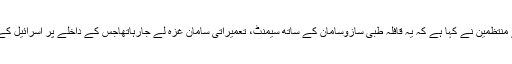
فری غزہ موومنٹ اور ترک انسانی حقوق کی ایک تنظیم کے منتظمین نے کہا ہے کہ یہ قافلہ طبی سازوسامان کے ساتھ سیمنٹ، تعمیراتی سامان غزہ لے جارہاتھاجس کے داخلے پر اسرائیل کے مطابق سیکیورٹی خدشات کی بنا پر پابندی لگادی گئی تھی۔